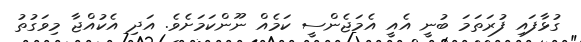
ގުޅާފައި ފުރަތަމަ ބުނީ އެއީ އެމަޖެންސީ ކަމެއް ނޫންކަމަށެވެ. އަދި އެކުއްޖާ މިވަގުތު